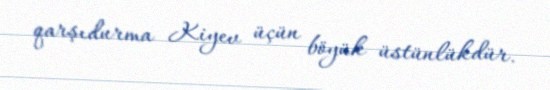
qarşıdurma Kiyev üçün böyük üstünlükdür.